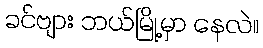
ခင်ဗျား ဘယ်မြို့မှာ နေလဲ။